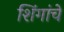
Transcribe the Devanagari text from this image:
शिंगांचे